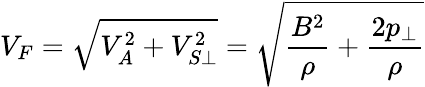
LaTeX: V_{F}=\sqrt{V_{A}^{2}+V_{S\perp}^{2}}=\sqrt{\frac{B^{2}}{\rho}+\frac{2p_{\perp}}{\rho}}